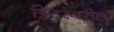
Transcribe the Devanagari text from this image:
ट्विटरवरील